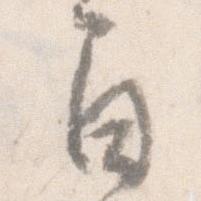
間